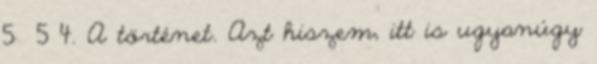
5 5 4. A történet. Azt hiszem, itt is ugyanúgy